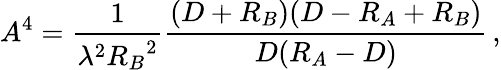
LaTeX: A^{4}={\frac{1}{\lambda^{2}{R_{B}}^{2}}}{\frac{(D+R_{B})(D-R_{A}+R_{B})}{D(R_{A}-D)}}\, ,